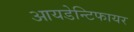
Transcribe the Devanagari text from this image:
आयडेन्टिफायर